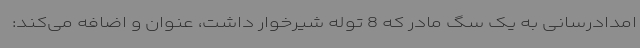
امدادرسانی به یک سگ مادر که 8 توله شیرخوار داشت، عنوان و اضافه می‌کند: